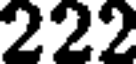
222